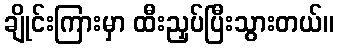
ချိုင်းကြားမှာ ထီးညှပ်ပြီးသွားတယ်။